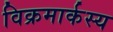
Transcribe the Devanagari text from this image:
विक्रमार्कस्य